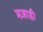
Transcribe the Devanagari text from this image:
मजाही